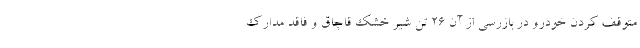
متوقف کردن خودرو در بازرسی از آن ۲۶ تن شیر خشک قاچاق و فاقد مدارک